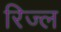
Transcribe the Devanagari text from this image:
रिज्ल